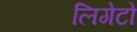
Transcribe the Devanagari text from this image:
लिगेटो